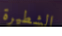
الشطيرة